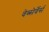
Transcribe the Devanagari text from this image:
वेब्सेर्वेर्स